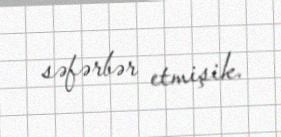
səfərbər etmişik.